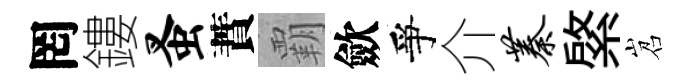
罔鏤蚤蕡覇歛爭介蓁綮岧